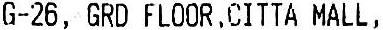
G-26, GRD FLOOR,CITTA MALL,